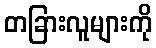
တခြားလူများကို